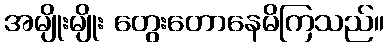
အမျိုးမျိုး တွေးတောနေမိကြသည်။